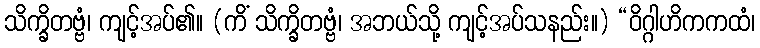
သိက္ခိတဗ္ဗံ၊ ကျင့်အပ်၏။ (ကိံ သိက္ခိတဗ္ဗံ၊ အဘယ်သို့ ကျင့်အပ်သနည်း။) “ဝိဂ္ဂါဟိကကထံ၊